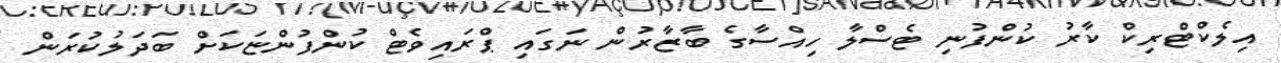
އިލެކްޓްރިކް ކާރު ކުންފުނި ޓެސްލާ ހިއްސާގެ ބާޒާރުން ނަގައި ޕްރައިވެޓް ކުންފުންޏަކަށް ބަދަލުކުރަން